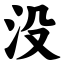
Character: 没